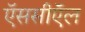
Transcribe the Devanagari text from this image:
ऍससीऍल